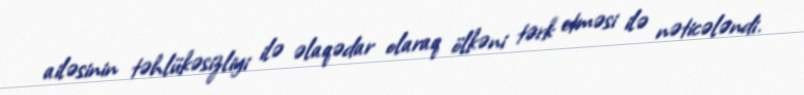
ailəsinin təhlükəsizliyi ilə əlaqədar olaraq ölkəni tərk etməsi ilə nəticələndi.